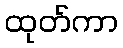
ထုတ်ကာ